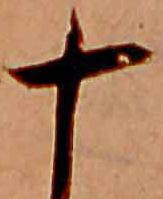
十